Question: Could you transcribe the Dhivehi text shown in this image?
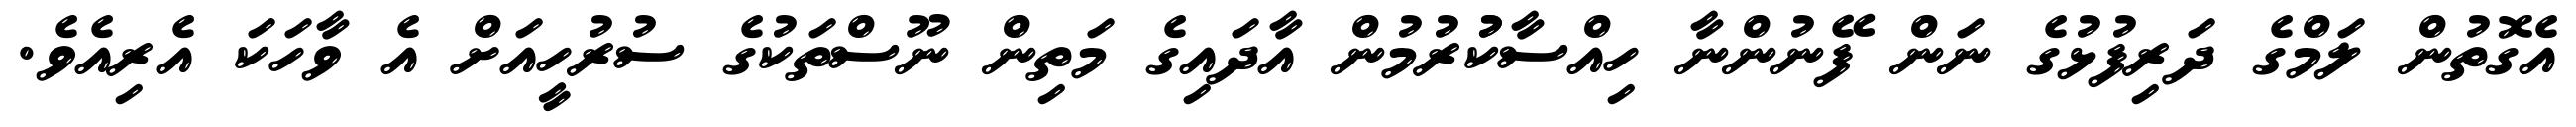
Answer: އެގޮތުން ލަމްގެ ދަރިފުޅުގެ ނަން ފޭނުންނާ ހިއްސާކުުރުމުން އާދައިގެ މަތިން ނޫސްތަކުގެ ސުރުހީއަށް އެ ވާހަކަ އެރިއެވެ.